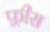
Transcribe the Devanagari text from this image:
फ़्रीस